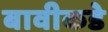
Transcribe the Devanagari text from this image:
बावीकडे